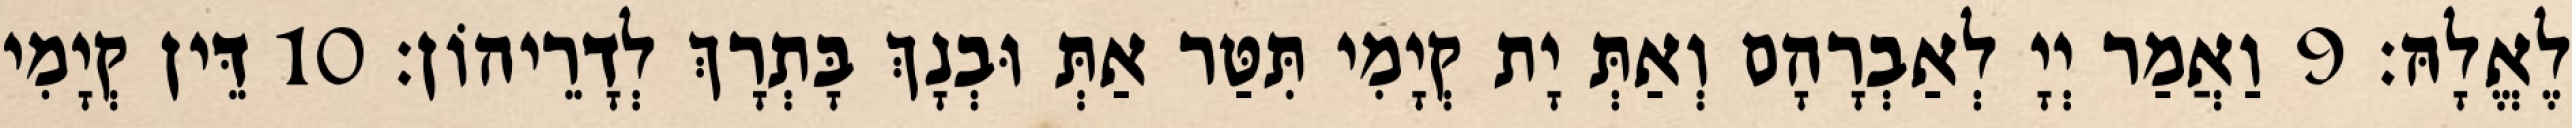
לֶאֱלָהּ׃ 9 וַאֲמַר יְיָ לְאַבְרָהָם וְאַתְּ יָת קְיָמִי תִּטַּר אַתְּ וּבְנָךְ בָּתְרָךְ לְדָרֵיהוֹן׃ 10 דֵּין קְיָמִי